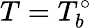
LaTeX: T=T_{b}^{\circ}